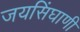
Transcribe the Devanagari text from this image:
जयसिंघाणी